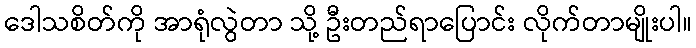
ဒေါသစိတ်ကို အာရုံလွဲတာ သို့ ဦးတည်ရာပြောင်း လိုက်တာမျိုးပါ။